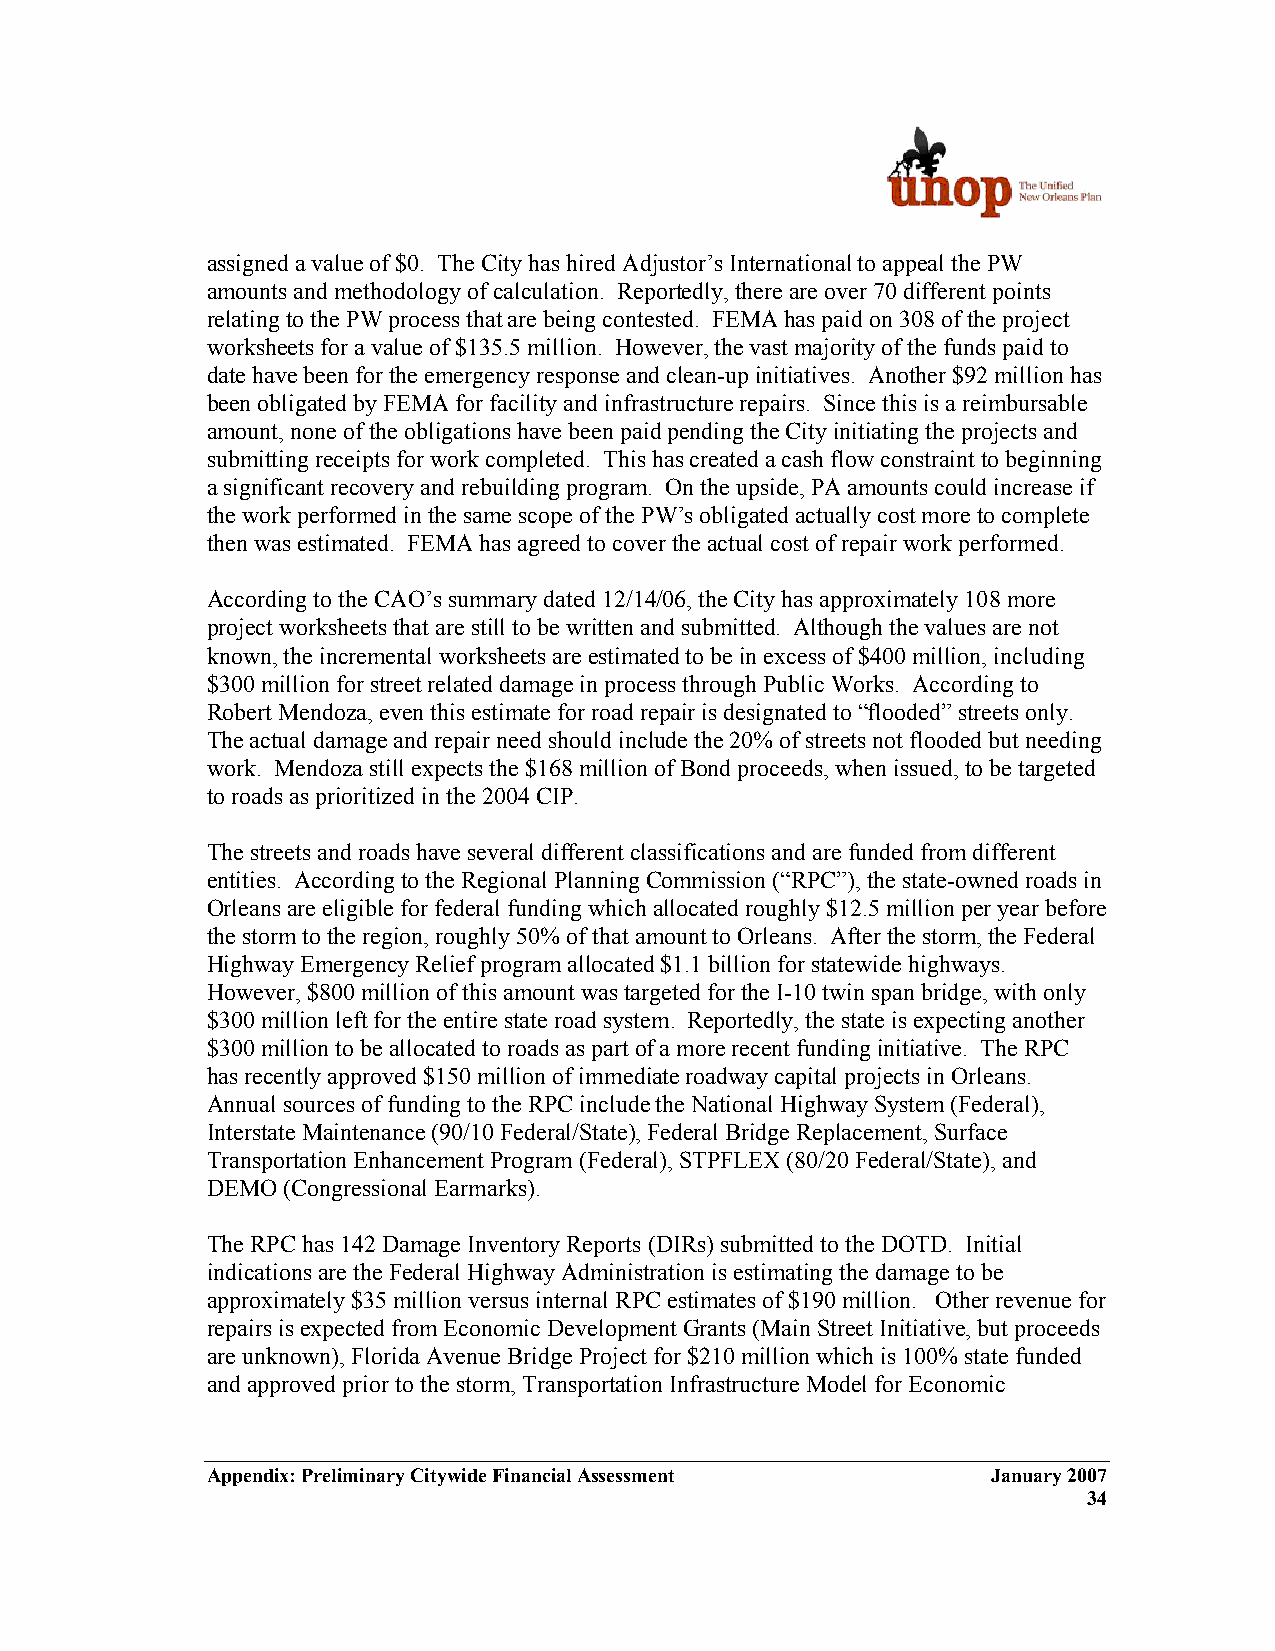
assigned a value of $0. The City has hired Adjustor’s International to appeal the PW
 amounts and methodology of calculation. Reportedly, there are over 70 different points
 relating to the PW process that are being contested. FEMA has paid on 308 of the project
 worksheets for a value of $135.5 million. However, the vast majority of the funds paid to
 date have been for the emergency response and clean-up initiatives. Another $92 million has
 been obligated by FEMA for facility and infrastructure repairs. Since this is a reimbursable
 amount, none of the obligations have been paid pending the City initiating the projects and
 submitting receipts for work completed. This has created a cash flow constraint to beginning
 a significant recovery and rebuilding program. On the upside, PA amounts could increase if
 the work performed in the same scope of the PW’s obligated actually cost more to complete
 then was estimated. FEMA has agreed to cover the actual cost of repair work performed.
 According to the CAO’s summary dated 12/14/06, the City has approximately 108 more
 project worksheets that are still to be written and submitted. Although the values are not
 known, the incremental worksheets are estimated to be in excess of $400 million, including
 $300 million for street related damage in process through Public Works. According to
 Robert Mendoza, even this estimate for road repair is designated to “flooded” streets only.
 The actual damage and repair need should include the 20% of streets not flooded but needing
 work. Mendoza still expects the $168 million of Bond proceeds, when issued, to be targeted
 to roads as prioritized in the 2004 CIP.
 The streets and roads have several different classifications and are funded from different
 entities. According to the Regional Planning Commission (“RPC”), the state-owned roads in
 Orleans are eligible for federal funding which allocated roughly $12.5 million per year before
 the storm to the region, roughly 50% of that amount to Orleans. After the storm, the Federal
 Highway Emergency Relief program allocated $1.1 billion for statewide highways.
 However, $800 million of this amount was targeted for the I-10 twin span bridge, with only
 $300 million left for the entire state road system. Reportedly, the state is expecting another
 $300 million to be allocated to roads as part of a more recent funding initiative. The RPC
 has recently approved $150 million of immediate roadway capital projects in Orleans.
 Annual sources of funding to the RPC include the National Highway System (Federal),
 Interstate Maintenance (90/10 Federal/State), Federal Bridge Replacement, Surface
 Transportation Enhancement Program (Federal), STPFLEX (80/20 Federal/State), and
 DEMO (Congressional Earmarks).
 The RPC has 142 Damage Inventory Reports (DIRs) submitted to the DOTD. Initial
 indications are the Federal Highway Administration is estimating the damage to be
 approximately $35 million versus internal RPC estimates of $190 million. Other revenue for
 repairs is expected from Economic Development Grants (Main Street Initiative, but proceeds
 are unknown), Florida Avenue Bridge Project for $210 million which is 100% state funded
 and approved prior to the storm, Transportation Infrastructure Model for Economic
 Appendix: Preliminary Citywide Financial Assessment January 2007
 34